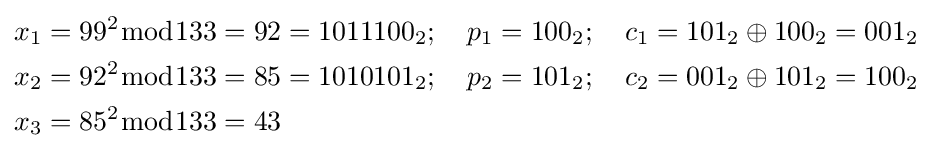
{\begin{aligned}x_{1}&=99^{2}{\bmod {1}}33=92=1011100_{2};\quad p_{1}=100_{2};\quad c_{1}=101_{2}\oplus 100_{2}=001_{2}\\x_{2}&=92^{2}{\bmod {1}}33=85=1010101_{2};\quad p_{2}=101_{2};\quad c_{2}=001_{2}\oplus 101_{2}=100_{2}\\x_{3}&=85^{2}{\bmod {1}}33=43\end{aligned}}